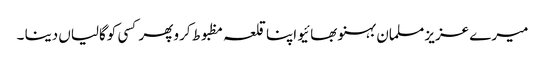
میرے عزیز مسلمان بہنو بھائیو اپنا قلعہ مظبوط کرو پھر کسی کوگالیاں دینا ۔